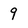
Character: 9